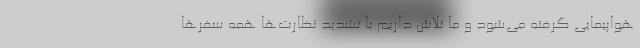
هواپیمایی گرفته می‌شود و ما تلاش داریم با تشدید نظارت‌ها همه سفرها